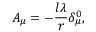
A _ { \mu } = - \frac { l \lambda } r \delta _ { \mu } ^ { 0 } ,